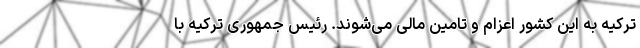
ترکیه به این کشور اعزام و تامین مالی می‌شوند. رئیس جمهوری ترکیه با